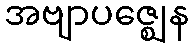
အဗျာပဇ္ဈေန